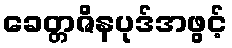
ခေတ္တဇိနပုဒ်အဖွင့်